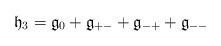
LaTeX: \begin{align*}\mathfrak h_{3}= \mathfrak g_{0} + \mathfrak g_{+ -} + \mathfrak g_{- +} +\mathfrak g_{- -}\end{align*}